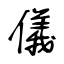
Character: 儀